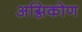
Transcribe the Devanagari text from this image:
अग्निकोण